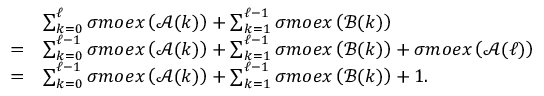
\begin{array} { r l } & { \sum _ { k = 0 } ^ { \ell } \sigma m o e x \left( \mathcal { A } ( k ) \right) + \sum _ { k = 1 } ^ { \ell - 1 } \sigma m o e x \left( \mathcal { B } ( k ) \right) } \\ { = } & { \sum _ { k = 0 } ^ { \ell - 1 } \sigma m o e x \left( \mathcal { A } ( k ) \right) + \sum _ { k = 1 } ^ { \ell - 1 } \sigma m o e x \left( \mathcal { B } ( k ) \right) + \sigma m o e x \left( \mathcal { A } ( \ell ) \right) } \\ { = } & { \sum _ { k = 0 } ^ { \ell - 1 } \sigma m o e x \left( \mathcal { A } ( k ) \right) + \sum _ { k = 1 } ^ { \ell - 1 } \sigma m o e x \left( \mathcal { B } ( k ) \right) + 1 . } \end{array}